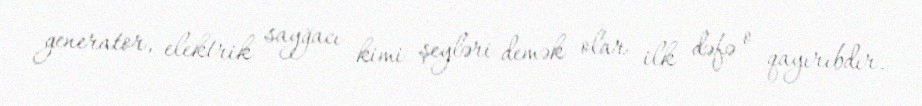
generator, elektrik sayğacı kimi şeyləri demək olar ilk dəfə o qayırıbdır.